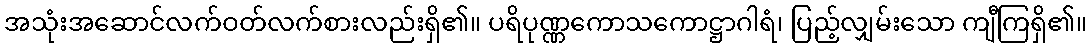
အသုံးအဆောင်လက်ဝတ်လက်စားလည်းရှိ၏။ ပရိပုဏ္ဏကောသကောဋ္ဌာဂါရံ၊ ပြည့်လျှမ်းသော ကျီကြရှိ၏။